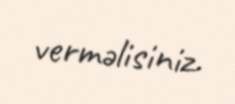
verməlisiniz.